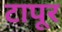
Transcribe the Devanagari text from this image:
टापूर